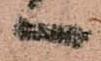
へ